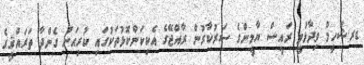
ޑރ.ޝަހީމް ވިދާޅުވީ ރައީސް ޔާމީންގެ ސަރުކާރުން ރާއްޖޭގެ އެކިކަންކޮޅުތަކުގައި ކުރިއަށް ގެންދާ ތަރައްޤީގެ